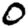
Digit: 0